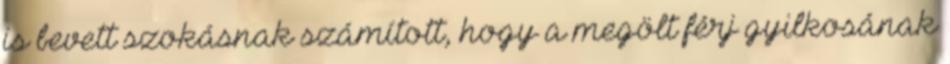
is bevett szokásnak számított, hogy a megölt férj gyilkosának